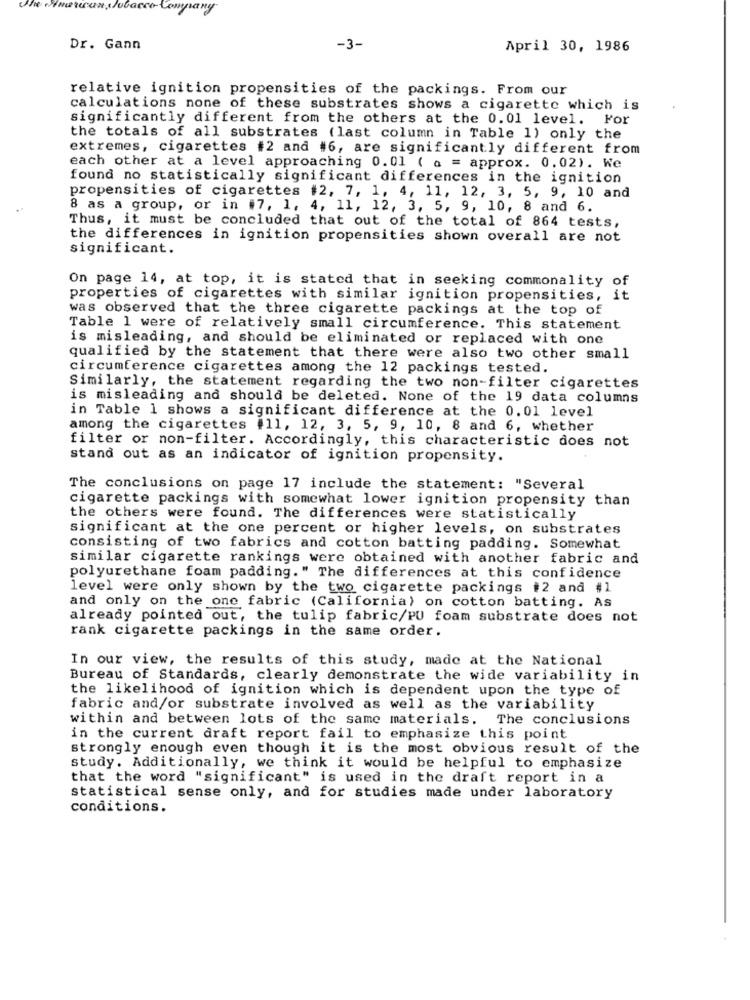
Dr. Gann
-3-
April 30, 1986
relative ignition propensities of the packings. From our
calculations none of these substrates shows a cigarette which is
significantly different from the others at the 0.01 level. For
the totals of all substrates (last column in Table 1) only the
extremes, cigarettes #2 and #6, are significantly different from
each other at a level approaching 0.01 ( a = approx. 0.02). We
found no statistically significant differences in the ignition
propensities of cigarettes #2, 7, 1, 4, 11, 12, 3, 5, 9, 10 and
8 as a group, or in #7, 1, 4, 11, 12, 3, 5, 9, 10, 8 and 6.
Thus, it must be concluded that out of the total of 864 tests,
the differences in ignition propensities shown overall are not
significant.
On page 14, at top, it is stated that in seeking commonality of
properties of cigarettes with similar ignition propensities, it
was observed that the three cigarette packings at the top of
Table 1 were of relatively small circumference. This statement
is misleading, and should be eliminated or replaced with one
qualified by the statement that there were also two other small
circumference cigarettes among the 12 packings tested.
Similarly, the statement regarding the two non-filter cigarettes
is misleading and should be deleted. None of the 19 data columns
in Table 1 shows a significant difference at the 0.01 level
among the cigarettes #11, 12, 3, 5, 9, 10, 8 and 6, whether
filter or non-filter. Accordingly, this characteristic does not
stand out as an indicator of ignition propensity.
The conclusions on page 17 include the statement: "Several
cigarette packings with somewhat lower ignition propensity than
the others were found. The differences were statistically
significant at the one percent or higher levels, on substrates
consisting of two fabrics and cotton batting padding. Somewhat
similar cigarette rankings were obtained with another fabric and
polyurethane foam padding." The differences at this confidence
level were only shown by the two cigarette packings #2 and #1
and only on the one fabric (California) on cotton batting. AS
already pointed out, the tulip fabric/PU foam substrate does not
rank cigarette packings in the same order.
In our view, the results of this study, made at the National
Bureau of Standards, clearly demonstrate the wide variability in
the likelihood of ignition which is dependent upon the type of
fabric and/or substrate involved as well as the variability
within and between lots of the same materials. The conclusions
in the current draft report fail to emphasize this point
strongly enough even though it is the most obvious result of the
study. Additionally, we think it would be helpful to emphasize
that the word "significant" is used in the draft report in a
statistical sense only, and for studies made under laboratory
conditions.